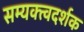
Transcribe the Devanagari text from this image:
सम्यक्त्वदर्शक